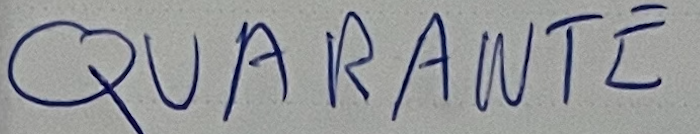
QUARANTE